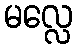
မလ္လေ